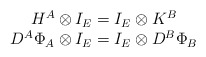
\begin{align*}\begin{array}{c}H^A\otimes I_E=I_E\otimes K^B \\D^A\Phi _A\otimes I_E=I_E\otimes D^B\Phi _B\end{array}\end{align*}